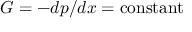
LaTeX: G = - d p / d x = \mathrm { c o n s t a n t }